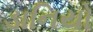
ડાનિયો